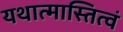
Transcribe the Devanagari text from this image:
यथात्मास्तित्वं